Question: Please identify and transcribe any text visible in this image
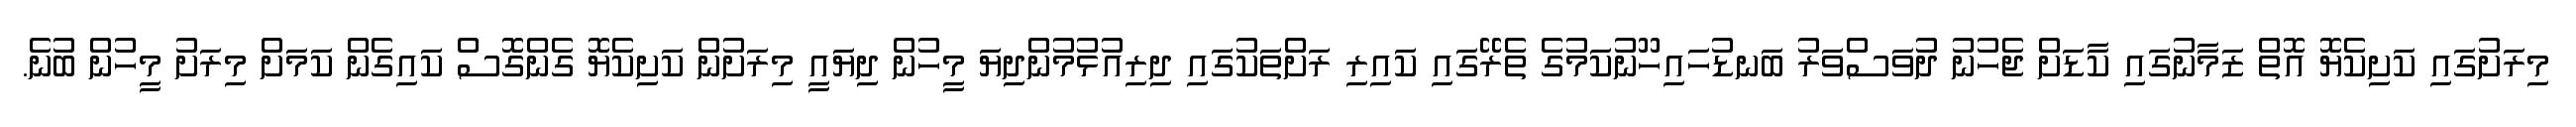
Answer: މިރަށުގައި ކަށިކެޔޮ އޮތް ޒަމާނުގައި ކާޑަށް ޖެހުނު ދުވަސްވަރު ބަނޑުހައިހޫނުކަމުގެ ތެރޭގައި ކައިރި ރަށްތަކުގައި ދިރިއުޅުމުންދިޔަ މީހުން ދިޔައީ މިރަށުން ކަށިކެޔޮ ގެންގޮސް ކައިގެން ކަމަށް މިރަށު މީހުން ބުނެ.